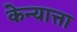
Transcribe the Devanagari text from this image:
केन्यात्ता